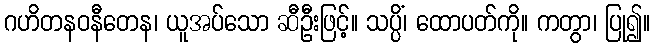
ဂဟိတနဝနီတေန၊ ယူအပ်သော ဆီဦးဖြင့်။ သပ္ပိံ၊ ထောပတ်ကို။ ကတွာ၊ ပြု၍။